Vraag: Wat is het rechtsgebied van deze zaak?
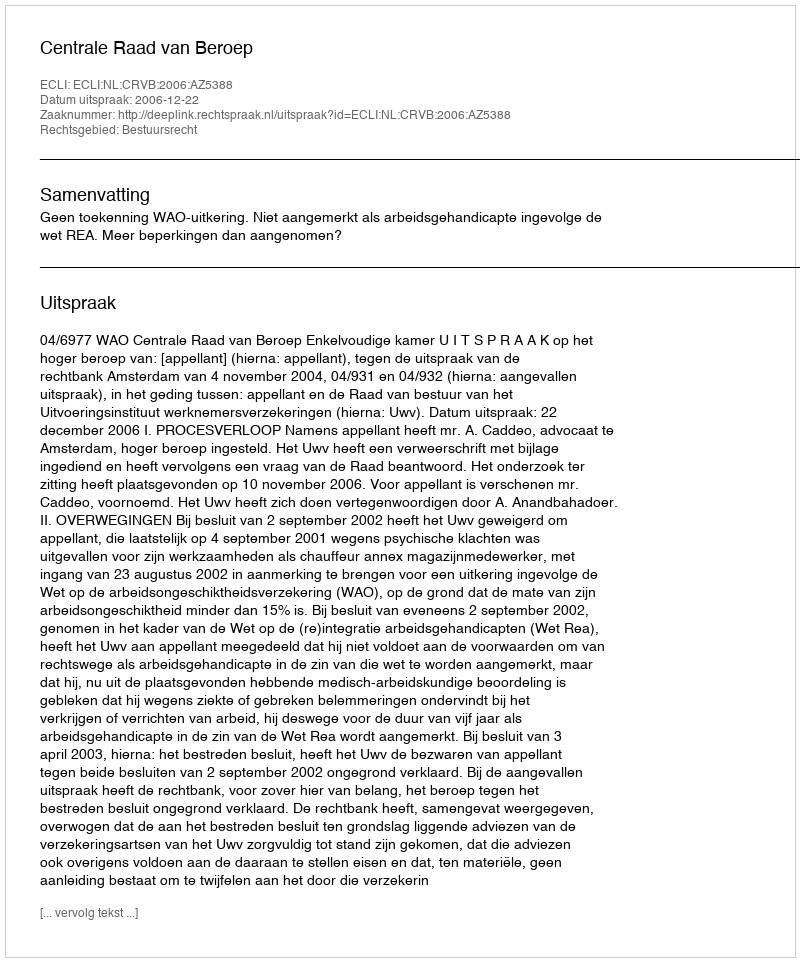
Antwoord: Bestuursrecht